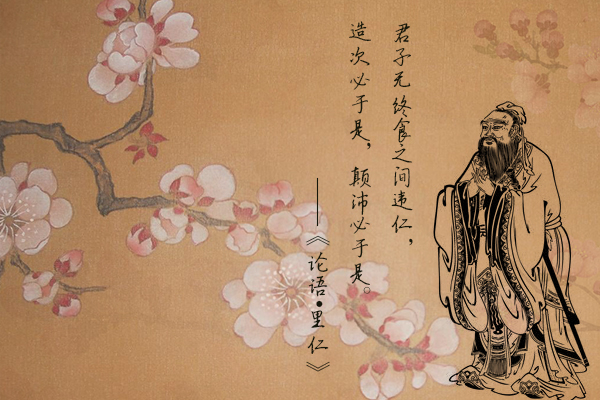
母信者，其子必仁。